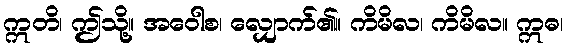
ဣတိ၊ ဤသို့။ အဝေါစ၊ လျှောက်၏။ ကိမိလ၊ ကိမိလ။ ဣဓ၊